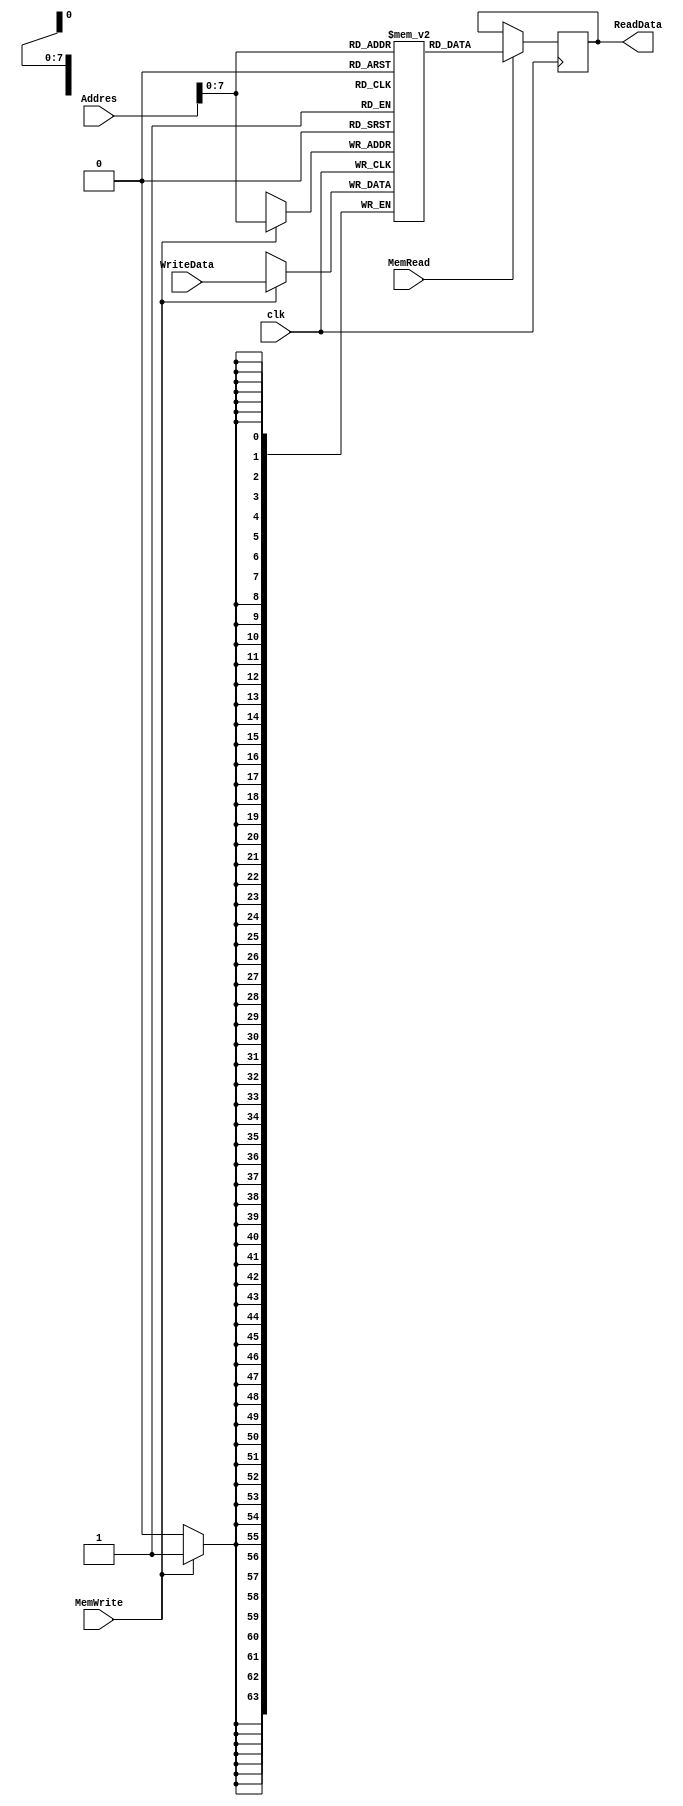
module Data_Memory(clk, Addres, WriteData, ReadData, MemRead, MemWrite);

input clk;  
input [63:0] Addres , WriteData;
input MemRead, MemWrite;
output reg [63:0] ReadData;
reg [63:0] Memory[0:255];

always @(posedge clk)
 begin
   
if(MemWrite == 1'b1)
  begin
    Memory[Addres] <= WriteData;
  end
  
  if (MemRead == 1'b1)
    begin 
      ReadData <= Memory[Addres];
    end
    
  end
  
endmodule